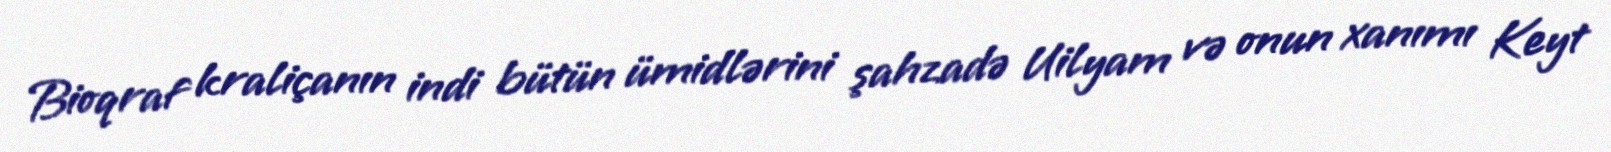
Bioqraf kraliçanın indi bütün ümidlərini şahzadə Uilyam və onun xanımı Keyt